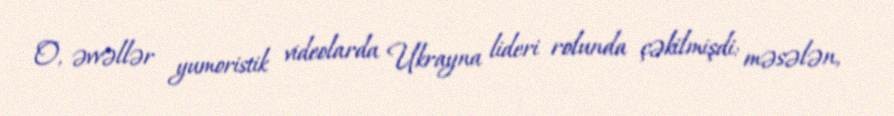
O, əvvəllər yumoristik videolarda Ukrayna lideri rolunda çəkilmişdi: məsələn,